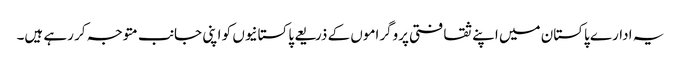
یہ ادارے پاکستان میں اپنے ثقافتی پروگراموں کے ذریعے پاکستانیوں کو اپنی جانب متوجہ کر رہے ہیں۔